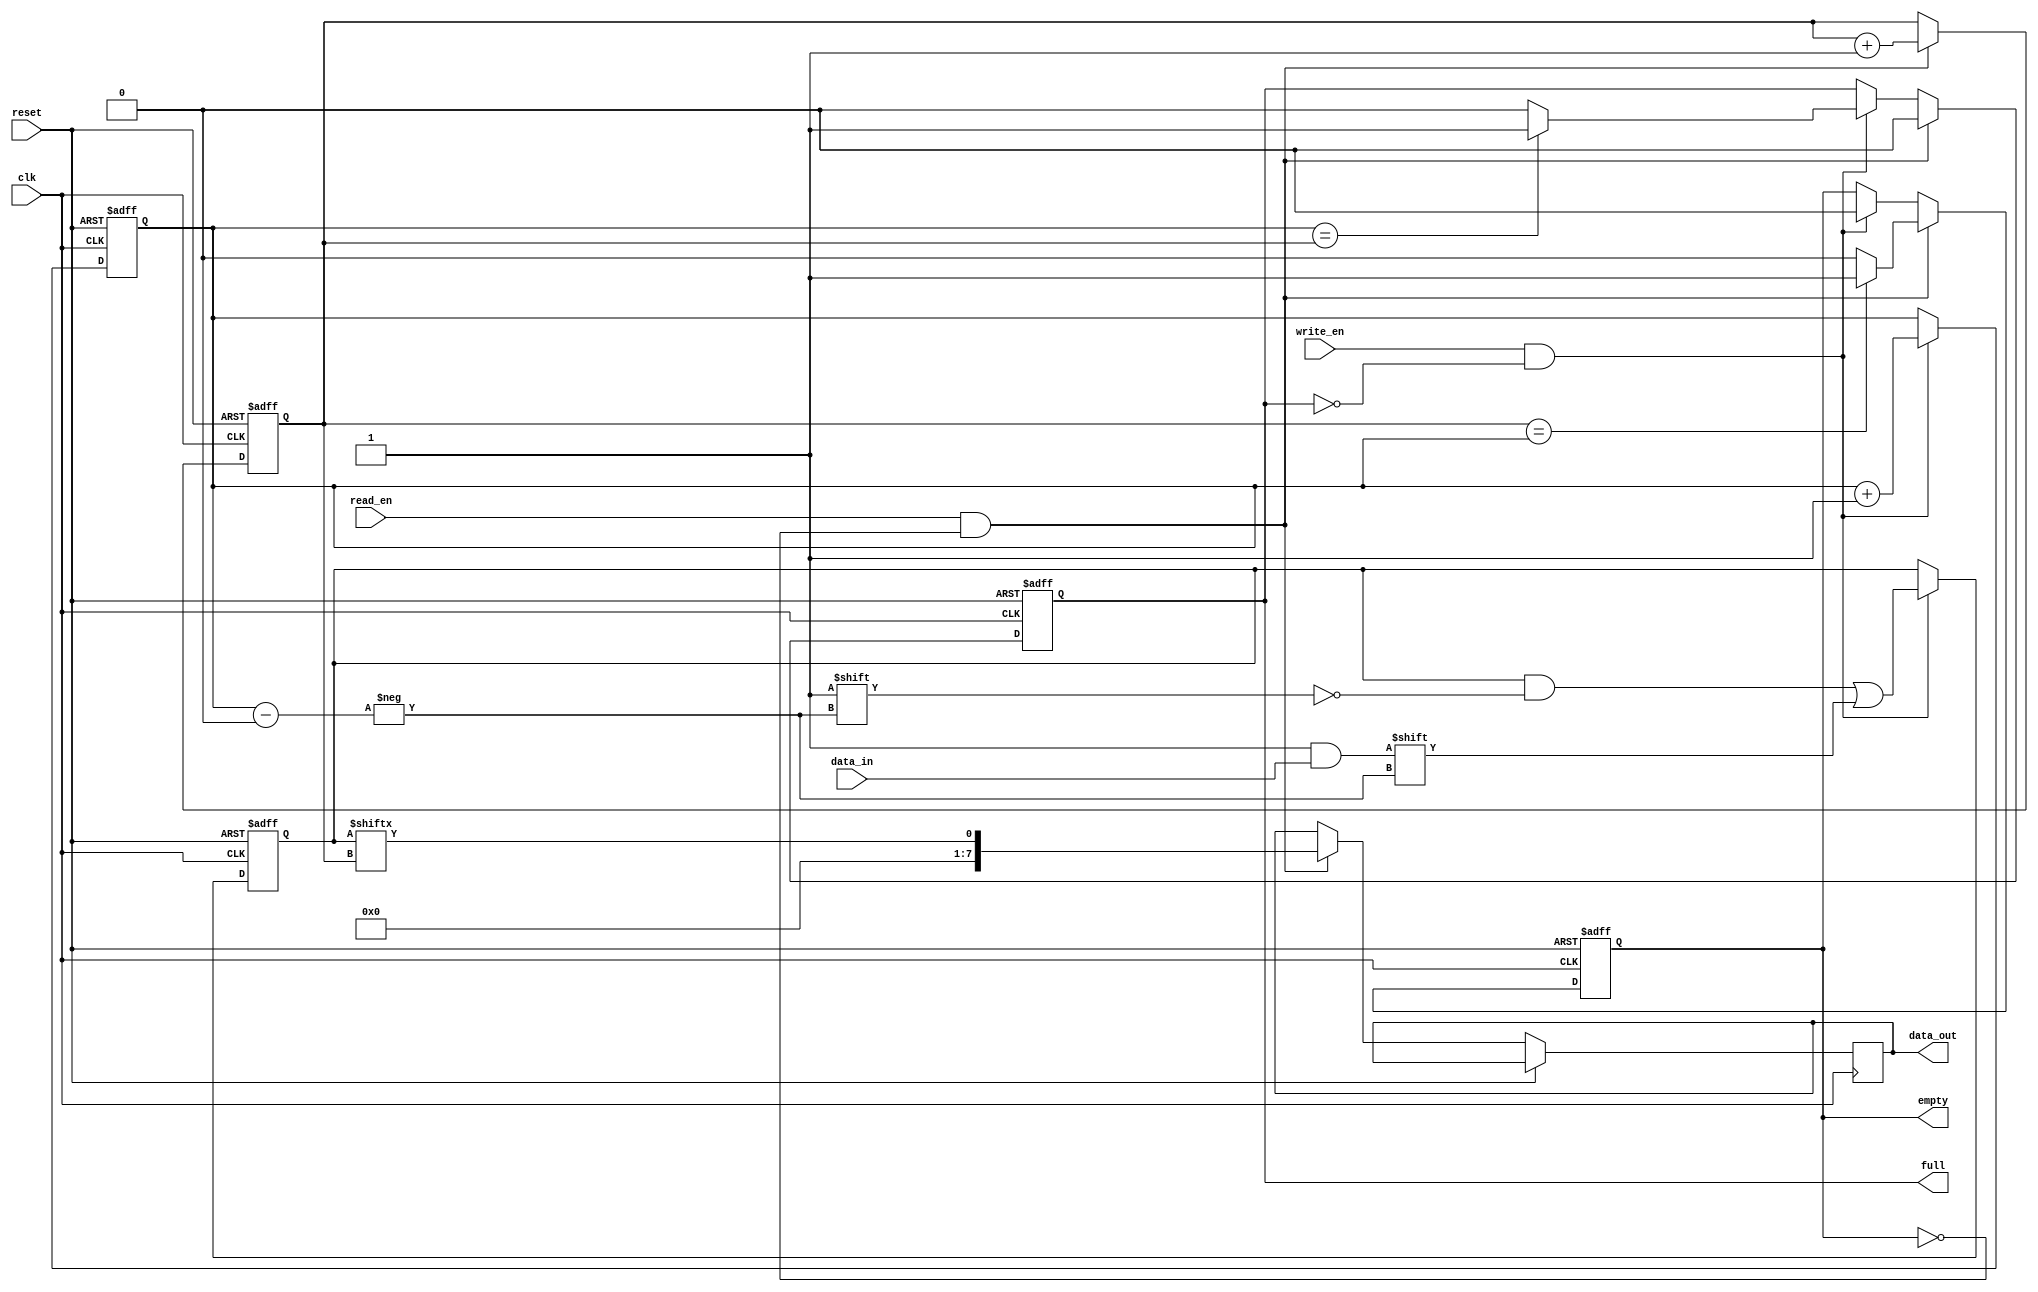
module async_fifo (
    input wire clk,
    input wire reset,
    input wire write_en,
    input wire read_en,
    input wire [data_width-1:0] data_in,
    output reg [data_width-1:0] data_out,
    output reg full,
    output reg empty
);

parameter depth = 16;
parameter data_width = 8;

reg [(depth-1):0] fifo;
reg [(depth-1):0] write_ptr;
reg [(depth-1):0] read_ptr;

always @(posedge clk or posedge reset) begin
    if (reset) begin
        fifo <= 0;
        write_ptr <= 0;
        read_ptr <= 0;
        full <= 0;
        empty <= 1;
    end else begin
        if (write_en && !full) begin
            fifo[write_ptr] <= data_in;
            write_ptr <= write_ptr + 1;
            full <= write_ptr == read_ptr ? 1 : 0;
            empty <= 0;
        end
        if (read_en && !empty) begin
            data_out <= fifo[read_ptr];
            read_ptr <= read_ptr + 1;
            empty <= read_ptr == write_ptr ? 1 : 0;
            full <= 0;
        end
    end
end

endmodule